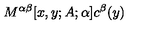
M ^ { \alpha \beta } [ x , y ; A ; \alpha ] c ^ { \beta } ( y )